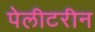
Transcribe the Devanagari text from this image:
पेलीटरीन